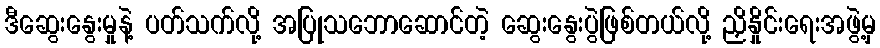
ဒီဆွေးနွေးမှုနဲ့ ပတ်သက်လို့ အပြုသဘောဆောင်တဲ့ ဆွေးနွေးပွဲဖြစ်တယ်လို့ ညှိနှိုင်းရေးအဖွဲ့မှ